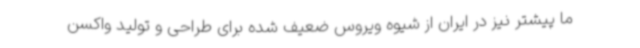
ما پیشتر نیز در ایران از شیوه ویروس ضعیف شده برای طراحی و تولید واکسن